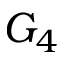
G _ { 4 }